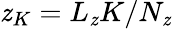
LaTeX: \mathit{z}_{K}=L_{\mathit{z}}K/N_{\mathit{z}}